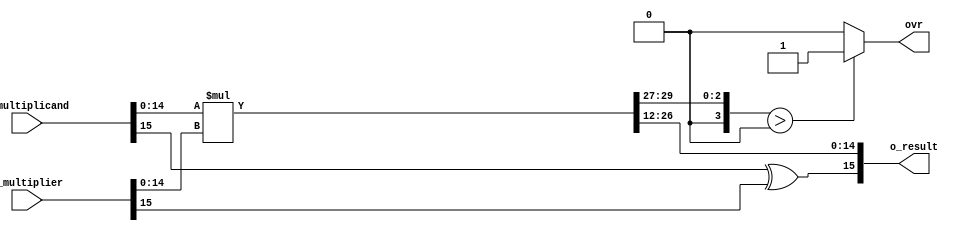
// Developed by: 	Amir Yazdanbakhsh

`timescale 1ns / 1ps

module floating_multiplier_16b #(parameter Q=12, N=16) (i_multiplicand, i_multiplier, o_result, ovr);
	input			[N-1:0]	i_multiplicand;
	input			[N-1:0]	i_multiplier;
	output			[N-1:0]	o_result;
	output			reg		ovr;
	//	Both fixed-point values are of the same length (N,Q)
	
	reg [2*N-1:0]	r_result;		//	Multiplication by 2 values of N bits requires a 
	wire [2*N-1:0]  r_result_tmp;
	reg [N-1:0]		r_RetVal;
	
	// Only handing back the same number of bits as we received 
	// with fixed point in the same location...
	assign o_result = r_RetVal;
	
	always @(r_result_tmp)	
	begin
		r_result <= r_result_tmp;
	end

	always @(r_result) 
	begin
		// update the sign bits
		r_RetVal[N-1] 	<= i_multiplicand[N-1] ^ i_multiplier[N-1];
		r_RetVal[N-2:0] <= r_result[N-2+Q:Q];

		// check for overflow
		if (r_result[2*N-2:N-1+Q] > 0)
			ovr <= 1'b1;
		else
			ovr <= 1'b0;
	end

	// actual multiplication happens here 
	assign r_result_tmp = {1'b0,i_multiplicand[N-2:0]} * {1'b0,i_multiplier[N-2:0]};

endmodule